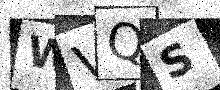
Text: WVQS